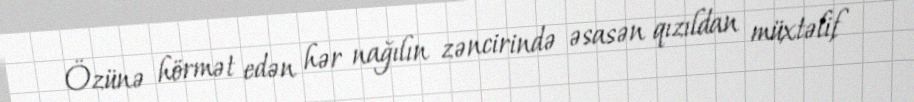
Özünə hörmət edən hər nağılın zəncirində əsasən qızıldan müxtəlif